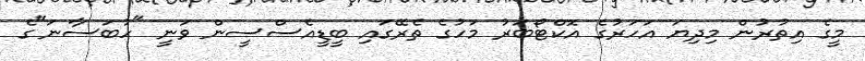
މީގެ އިތުރުން މިދިޔަ އަހަރުގެ އޮކްޓޯބަރު މަހުގެ ތެރޭގައި ބީޑީއެސްސީން ވަނީ "ހުބަސާނަ"ގެ